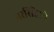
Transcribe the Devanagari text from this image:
नरसिंहाने